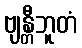
ဗျန္တီဘူတံ